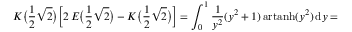
K { \bigl ( } { \frac { 1 } { 2 } } { \sqrt { 2 } } { \bigr ) } { \biggl [ } 2 \, E { \bigl ( } { \frac { 1 } { 2 } } { \sqrt { 2 } } { \bigr ) } - K { \bigl ( } { \frac { 1 } { 2 } } { \sqrt { 2 } } { \bigr ) } { \biggr ] } = \int _ { 0 } ^ { 1 } { \frac { 1 } { y ^ { 2 } } } ( y ^ { 2 } + 1 ) \, { \mathrm { a r t a n h } } ( y ^ { 2 } ) \, \mathrm { d } y =